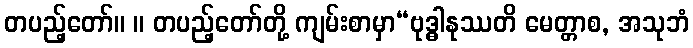
တပည့်တော်။ ။ တပည့်တော်တို့ ကျမ်းစာမှာ“ဗုဒ္ဓါနုဿတိ မေတ္တာစ, အသုဘံ